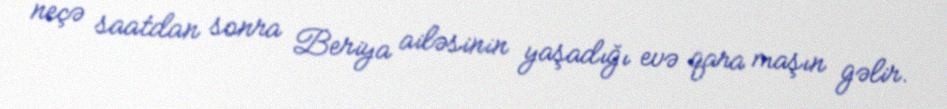
neçə saatdan sonra Beriya ailəsinin yaşadığı evə qara maşın gəlir.